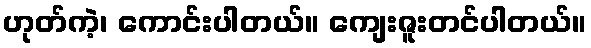
ဟုတ်ကဲ့၊ ကောင်းပါတယ်။ ကျေးဇူးတင်ပါတယ်။